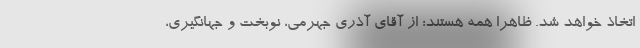
اتخاذ خواهد شد. ظاهرا همه هستند؛ از آقای آذری جهرمی، نوبخت و جهانگیری،